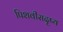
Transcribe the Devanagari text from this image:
पिशवीसदृष्य